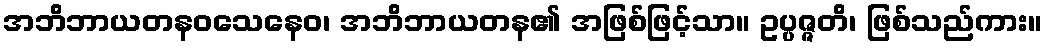
အဘိဘာယတနဝသေနေဝ၊ အဘိဘာယတန၏ အဖြစ်ဖြင့်သာ။ ဥပ္ပဇ္ဇတိ၊ ဖြစ်သည်ကား။